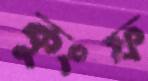
কুংফ